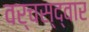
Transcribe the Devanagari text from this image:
वर्चस्‌द्वार